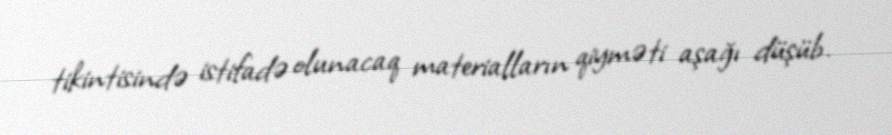
tikintisində istifadə olunacaq materialların qiyməti aşağı düşüb.